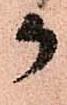
か